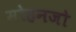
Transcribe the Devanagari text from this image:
मोहनजो